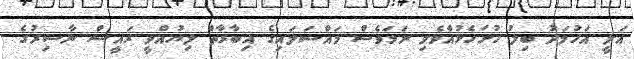
އަލީ އަހުމަދު ބިލު ހުށަހެޅުއްވެވި ނަމަވެސް މައްސަލައިގެ އިބާރާތް ލިޔުއްވީ ރައީސް ނާސިރުގެ